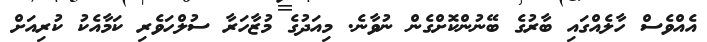
އެއްވެސް ހާލެއްގައި ބާރުގެ ބޭނުންކޮށްގެން ނުވާނެ. މިއަދުގެ މުޒާހަރާ ސުލްހަވެރި ކަމާއެކު ކުރިއަށް